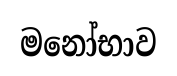
මනෝභාව